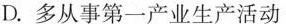
D.多从事第一产业生产活动